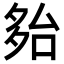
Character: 𡖤